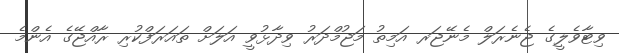
ވިޓާވެލީގެ ޖެނެރަލް މެނޭޖަރ އަމިތު މަޖުމްދަރު ވިދާޅުވީ އަލަށް ތައަރަފްކުރި ރާއްޖޭގެ އެންމެ